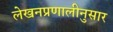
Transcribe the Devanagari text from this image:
लेखनप्रणालीनुसार